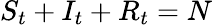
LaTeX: S_{t}+I_{t}+R_{t}=N